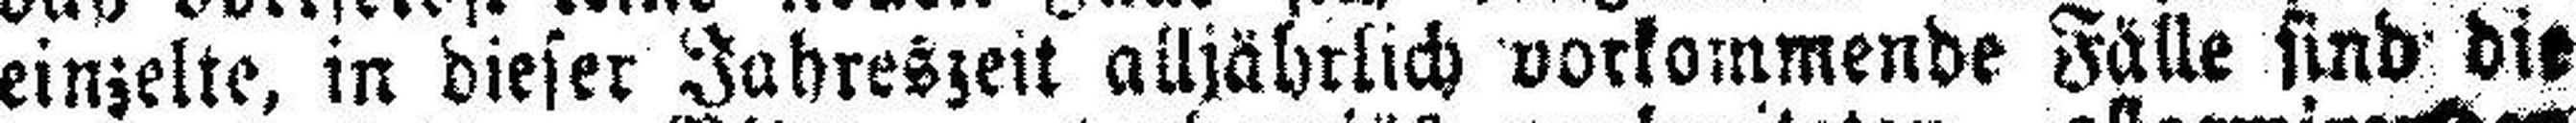
einzelte, in dieser Jahreszeit alljährlich vorkommende Fälle sind die